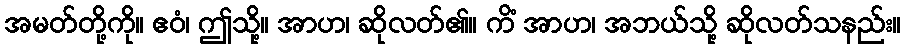
အမတ်တို့ကို။ ဧဝံ၊ ဤသို့။ အာဟ၊ ဆိုလတ်၏။ ကိံ အာဟ၊ အဘယ်သို့ ဆိုလတ်သနည်း။